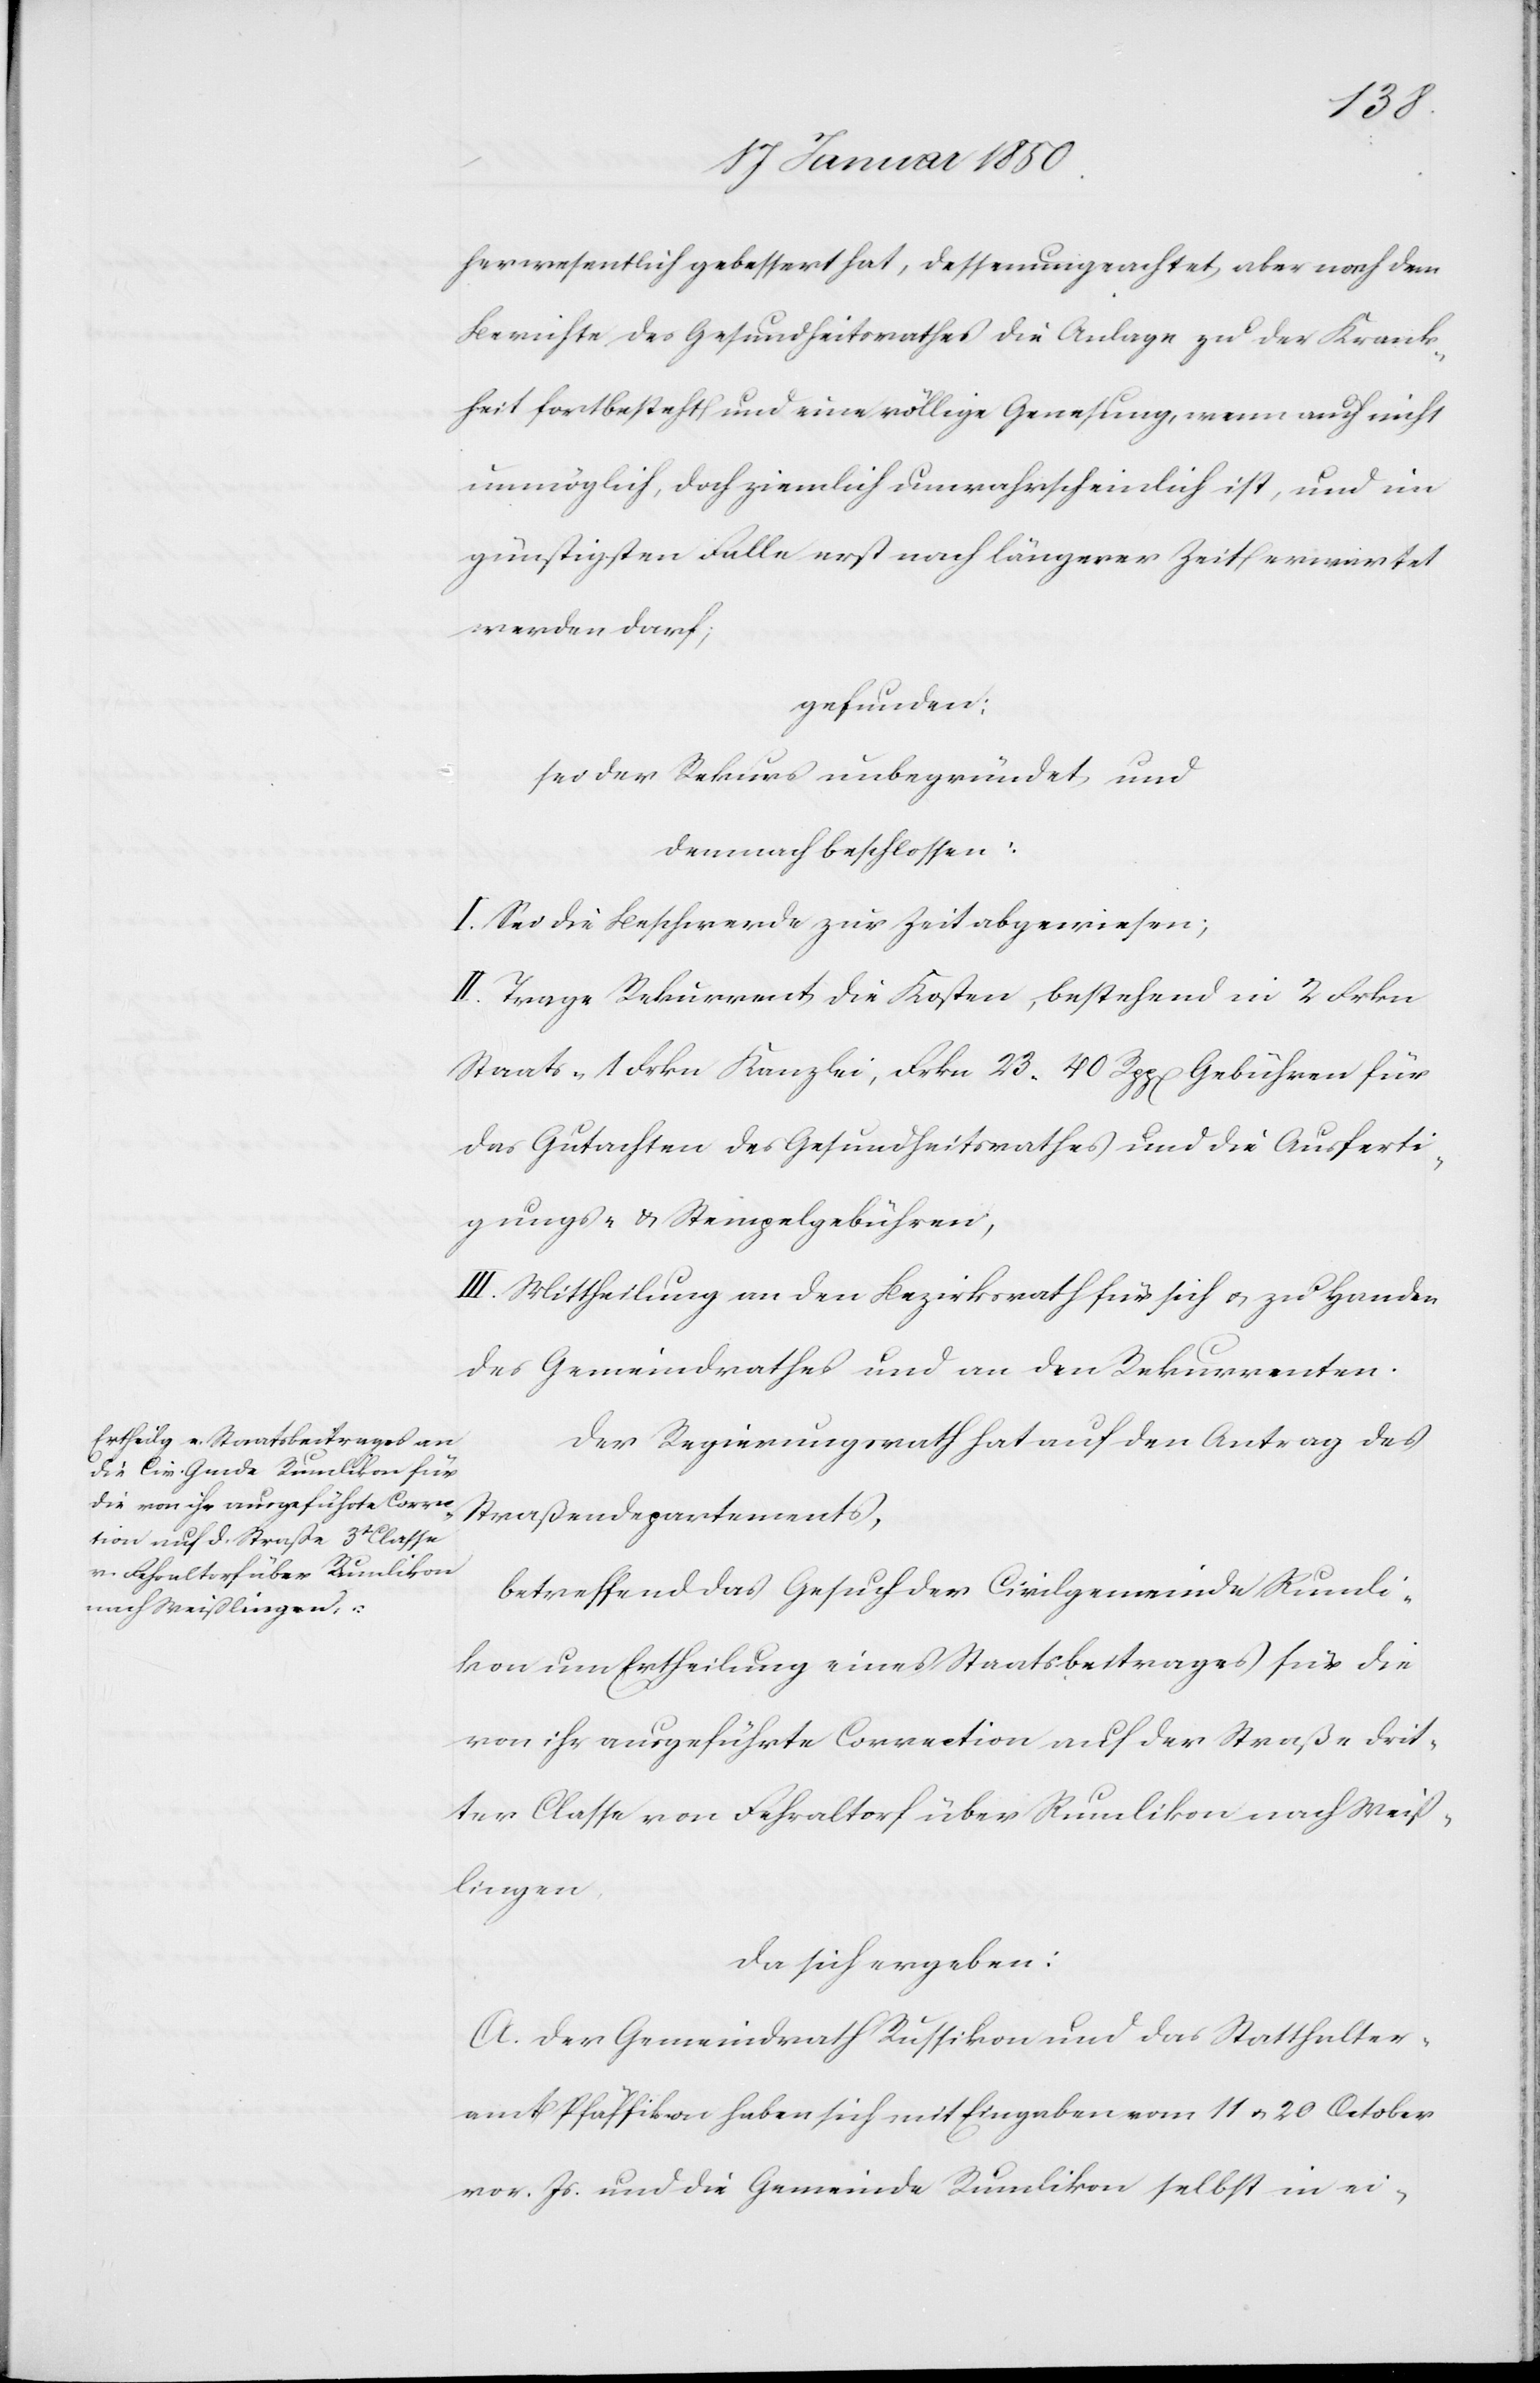
her wesentlich gebessert hat, dessen ungeachtet aber nach dem
Berichte des Gesundheitsrathes die Anlage zu der Krank¬
heit fortbesteht und eine völlige Genesung, wenn auch nicht
unmöglich, doch ziemlich unwahrscheinlich ist, und im
günstigsten Falle erst nach längerer Zeit erwartet
werden darf;
gefunden:
sei der Rekurs unbegründet und
demnach beschlossen:
I. Sei die Beschwerde zur Zeit abgewiesen;
II. Trage Rekurrent die Kosten, bestehend in 2 Frkn
Staats-[,] 1 Frkn Kanzlei[-], Frkn 23. 40 Rpp[en] Gebühren für
das Gutachten des Gesundheitsrathes und die Ausferti¬
gungs- u. Stempelgebühren;
III. Mittheilung an den Bezirksrath für sich u. zu Handen
des Gemeindrathes und an den Rekurrenten.
Der Regierungsrath hat auf den Antrag des
Straßendepartements,
betreffend das Gesuch der Civilgemeinde Rumli¬
kon um Ertheilung eines Staatsbeitrages für die
von ihr ausgeführte Correction auf der Straße drit¬
ter Classe von Fehraltorf über Rumlikon nach Weiß¬
lingen,
da sich ergeben:
A. Der Gemeindrath Russikon und das Statthalter¬
amt Pfäffikon haben sich mit Eingaben vom 11 u. 20 October
vor. Js. und die Gemeinde Rumlikon selbst in ei-